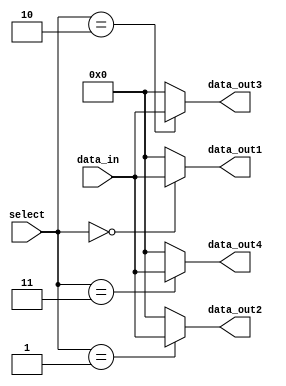
module demultiplexer (
    input [7:0] data_in,
    input [2:0] select,
    output reg [7:0] data_out1,
    output reg [7:0] data_out2,
    output reg [7:0] data_out3,
    output reg [7:0] data_out4
);

always @ (data_in, select) begin
    case (select)
        3'b000: begin
            data_out1 = data_in;
            data_out2 = 8'b00000000;
            data_out3 = 8'b00000000;
            data_out4 = 8'b00000000;
        end
        3'b001: begin
            data_out1 = 8'b00000000;
            data_out2 = data_in;
            data_out3 = 8'b00000000;
            data_out4 = 8'b00000000;
        end
        3'b010: begin
            data_out1 = 8'b00000000;
            data_out2 = 8'b00000000;
            data_out3 = data_in;
            data_out4 = 8'b00000000;
        end
        3'b011: begin
            data_out1 = 8'b00000000;
            data_out2 = 8'b00000000;
            data_out3 = 8'b00000000;
            data_out4 = data_in;
        end
        default: begin
            data_out1 = 8'b00000000;
            data_out2 = 8'b00000000;
            data_out3 = 8'b00000000;
            data_out4 = 8'b00000000;
        end
    endcase
end

endmodule